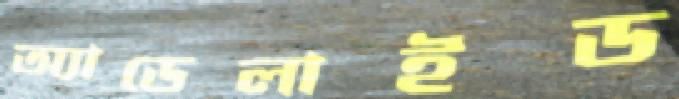
অ্যাডেলাইড